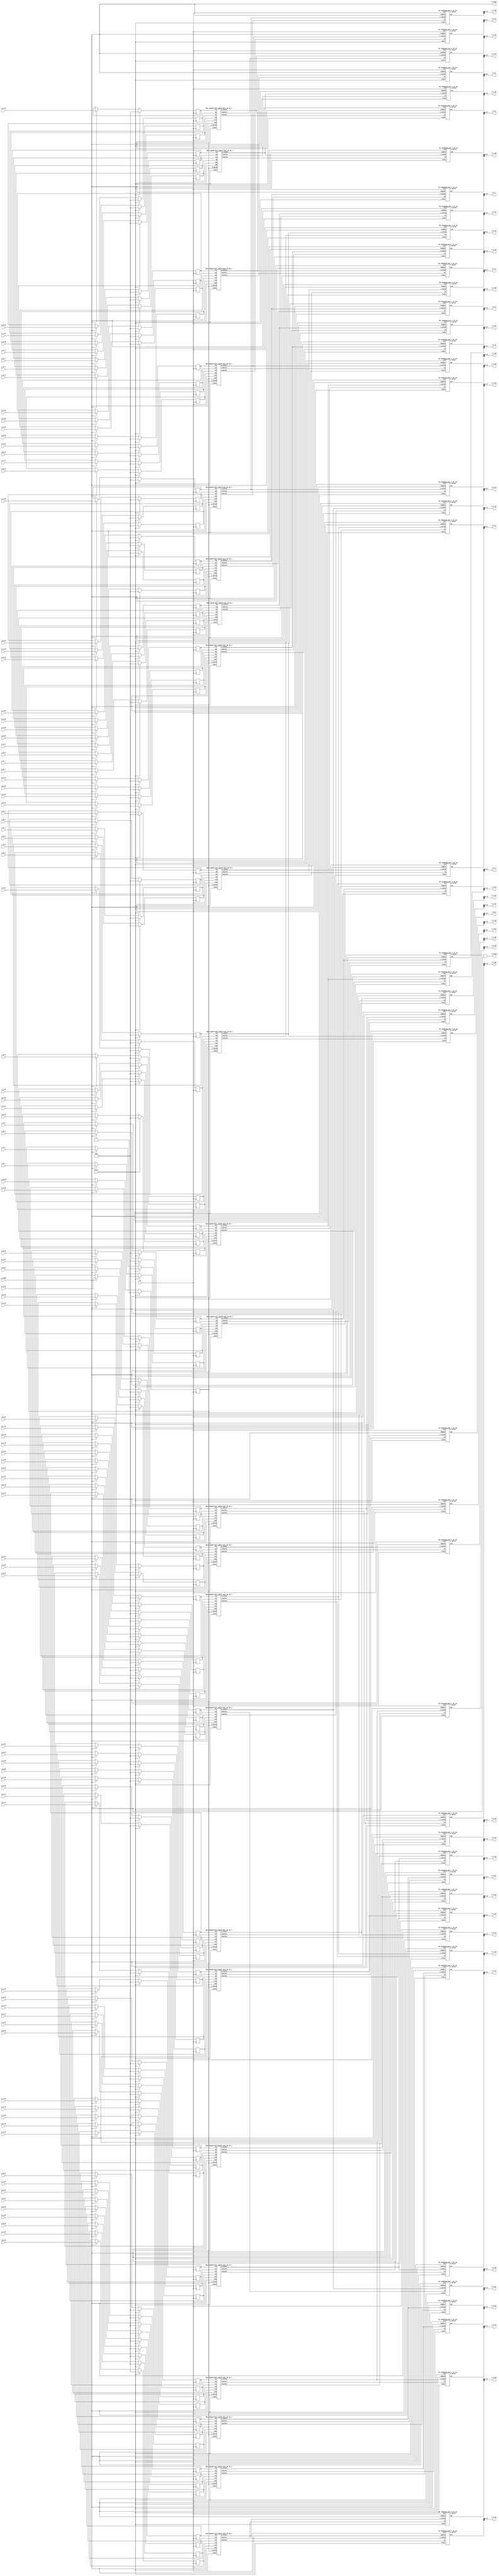
`define SIMULATION_MEMORY

module elementwise_mult_core_18_18_10_48_1 (
	input clk,
	input reset,
	input i_valid,
	input i_ready,
	input [17:0] i_A_0,
	input [17:0] i_B_0,
	output [17:0] o_C_0,
	input [17:0] i_A_1,
	input [17:0] i_B_1,
	output [17:0] o_C_1,
	input [17:0] i_A_2,
	input [17:0] i_B_2,
	output [17:0] o_C_2,
	input [17:0] i_A_3,
	input [17:0] i_B_3,
	output [17:0] o_C_3,
	input [17:0] i_A_4,
	input [17:0] i_B_4,
	output [17:0] o_C_4,
	input [17:0] i_A_5,
	input [17:0] i_B_5,
	output [17:0] o_C_5,
	input [17:0] i_A_6,
	input [17:0] i_B_6,
	output [17:0] o_C_6,
	input [17:0] i_A_7,
	input [17:0] i_B_7,
	output [17:0] o_C_7,
	input [17:0] i_A_8,
	input [17:0] i_B_8,
	output [17:0] o_C_8,
	input [17:0] i_A_9,
	input [17:0] i_B_9,
	output [17:0] o_C_9,
	input [17:0] i_A_10,
	input [17:0] i_B_10,
	output [17:0] o_C_10,
	input [17:0] i_A_11,
	input [17:0] i_B_11,
	output [17:0] o_C_11,
	input [17:0] i_A_12,
	input [17:0] i_B_12,
	output [17:0] o_C_12,
	input [17:0] i_A_13,
	input [17:0] i_B_13,
	output [17:0] o_C_13,
	input [17:0] i_A_14,
	input [17:0] i_B_14,
	output [17:0] o_C_14,
	input [17:0] i_A_15,
	input [17:0] i_B_15,
	output [17:0] o_C_15,
	input [17:0] i_A_16,
	input [17:0] i_B_16,
	output [17:0] o_C_16,
	input [17:0] i_A_17,
	input [17:0] i_B_17,
	output [17:0] o_C_17,
	input [17:0] i_A_18,
	input [17:0] i_B_18,
	output [17:0] o_C_18,
	input [17:0] i_A_19,
	input [17:0] i_B_19,
	output [17:0] o_C_19,
	input [17:0] i_A_20,
	input [17:0] i_B_20,
	output [17:0] o_C_20,
	input [17:0] i_A_21,
	input [17:0] i_B_21,
	output [17:0] o_C_21,
	input [17:0] i_A_22,
	input [17:0] i_B_22,
	output [17:0] o_C_22,
	input [17:0] i_A_23,
	input [17:0] i_B_23,
	output [17:0] o_C_23,
	input [17:0] i_A_24,
	input [17:0] i_B_24,
	output [17:0] o_C_24,
	input [17:0] i_A_25,
	input [17:0] i_B_25,
	output [17:0] o_C_25,
	input [17:0] i_A_26,
	input [17:0] i_B_26,
	output [17:0] o_C_26,
	input [17:0] i_A_27,
	input [17:0] i_B_27,
	output [17:0] o_C_27,
	input [17:0] i_A_28,
	input [17:0] i_B_28,
	output [17:0] o_C_28,
	input [17:0] i_A_29,
	input [17:0] i_B_29,
	output [17:0] o_C_29,
	input [17:0] i_A_30,
	input [17:0] i_B_30,
	output [17:0] o_C_30,
	input [17:0] i_A_31,
	input [17:0] i_B_31,
	output [17:0] o_C_31,
	input [17:0] i_A_32,
	input [17:0] i_B_32,
	output [17:0] o_C_32,
	input [17:0] i_A_33,
	input [17:0] i_B_33,
	output [17:0] o_C_33,
	input [17:0] i_A_34,
	input [17:0] i_B_34,
	output [17:0] o_C_34,
	input [17:0] i_A_35,
	input [17:0] i_B_35,
	output [17:0] o_C_35,
	input [17:0] i_A_36,
	input [17:0] i_B_36,
	output [17:0] o_C_36,
	input [17:0] i_A_37,
	input [17:0] i_B_37,
	output [17:0] o_C_37,
	input [17:0] i_A_38,
	input [17:0] i_B_38,
	output [17:0] o_C_38,
	input [17:0] i_A_39,
	input [17:0] i_B_39,
	output [17:0] o_C_39,
	input [17:0] i_A_40,
	input [17:0] i_B_40,
	output [17:0] o_C_40,
	input [17:0] i_A_41,
	input [17:0] i_B_41,
	output [17:0] o_C_41,
	input [17:0] i_A_42,
	input [17:0] i_B_42,
	output [17:0] o_C_42,
	input [17:0] i_A_43,
	input [17:0] i_B_43,
	output [17:0] o_C_43,
	input [17:0] i_A_44,
	input [17:0] i_B_44,
	output [17:0] o_C_44,
	input [17:0] i_A_45,
	input [17:0] i_B_45,
	output [17:0] o_C_45,
	input [17:0] i_A_46,
	input [17:0] i_B_46,
	output [17:0] o_C_46,
	input [17:0] i_A_47,
	input [17:0] i_B_47,
	output [17:0] o_C_47,
	output o_valid,
	output o_ready
);

// Store inputs and outputs in registers
reg [17:0] reg_A_0;
reg [17:0] reg_B_0;
wire [17:0] reg_C_0;
reg [17:0] reg_A_1;
reg [17:0] reg_B_1;
wire [17:0] reg_C_1;
reg [17:0] reg_A_2;
reg [17:0] reg_B_2;
wire [17:0] reg_C_2;
reg [17:0] reg_A_3;
reg [17:0] reg_B_3;
wire [17:0] reg_C_3;
reg [17:0] reg_A_4;
reg [17:0] reg_B_4;
wire [17:0] reg_C_4;
reg [17:0] reg_A_5;
reg [17:0] reg_B_5;
wire [17:0] reg_C_5;
reg [17:0] reg_A_6;
reg [17:0] reg_B_6;
wire [17:0] reg_C_6;
reg [17:0] reg_A_7;
reg [17:0] reg_B_7;
wire [17:0] reg_C_7;
reg [17:0] reg_A_8;
reg [17:0] reg_B_8;
wire [17:0] reg_C_8;
reg [17:0] reg_A_9;
reg [17:0] reg_B_9;
wire [17:0] reg_C_9;
reg [17:0] reg_A_10;
reg [17:0] reg_B_10;
wire [17:0] reg_C_10;
reg [17:0] reg_A_11;
reg [17:0] reg_B_11;
wire [17:0] reg_C_11;
reg [17:0] reg_A_12;
reg [17:0] reg_B_12;
wire [17:0] reg_C_12;
reg [17:0] reg_A_13;
reg [17:0] reg_B_13;
wire [17:0] reg_C_13;
reg [17:0] reg_A_14;
reg [17:0] reg_B_14;
wire [17:0] reg_C_14;
reg [17:0] reg_A_15;
reg [17:0] reg_B_15;
wire [17:0] reg_C_15;
reg [17:0] reg_A_16;
reg [17:0] reg_B_16;
wire [17:0] reg_C_16;
reg [17:0] reg_A_17;
reg [17:0] reg_B_17;
wire [17:0] reg_C_17;
reg [17:0] reg_A_18;
reg [17:0] reg_B_18;
wire [17:0] reg_C_18;
reg [17:0] reg_A_19;
reg [17:0] reg_B_19;
wire [17:0] reg_C_19;
reg [17:0] reg_A_20;
reg [17:0] reg_B_20;
wire [17:0] reg_C_20;
reg [17:0] reg_A_21;
reg [17:0] reg_B_21;
wire [17:0] reg_C_21;
reg [17:0] reg_A_22;
reg [17:0] reg_B_22;
wire [17:0] reg_C_22;
reg [17:0] reg_A_23;
reg [17:0] reg_B_23;
wire [17:0] reg_C_23;
reg [17:0] reg_A_24;
reg [17:0] reg_B_24;
wire [17:0] reg_C_24;
reg [17:0] reg_A_25;
reg [17:0] reg_B_25;
wire [17:0] reg_C_25;
reg [17:0] reg_A_26;
reg [17:0] reg_B_26;
wire [17:0] reg_C_26;
reg [17:0] reg_A_27;
reg [17:0] reg_B_27;
wire [17:0] reg_C_27;
reg [17:0] reg_A_28;
reg [17:0] reg_B_28;
wire [17:0] reg_C_28;
reg [17:0] reg_A_29;
reg [17:0] reg_B_29;
wire [17:0] reg_C_29;
reg [17:0] reg_A_30;
reg [17:0] reg_B_30;
wire [17:0] reg_C_30;
reg [17:0] reg_A_31;
reg [17:0] reg_B_31;
wire [17:0] reg_C_31;
reg [17:0] reg_A_32;
reg [17:0] reg_B_32;
wire [17:0] reg_C_32;
reg [17:0] reg_A_33;
reg [17:0] reg_B_33;
wire [17:0] reg_C_33;
reg [17:0] reg_A_34;
reg [17:0] reg_B_34;
wire [17:0] reg_C_34;
reg [17:0] reg_A_35;
reg [17:0] reg_B_35;
wire [17:0] reg_C_35;
reg [17:0] reg_A_36;
reg [17:0] reg_B_36;
wire [17:0] reg_C_36;
reg [17:0] reg_A_37;
reg [17:0] reg_B_37;
wire [17:0] reg_C_37;
reg [17:0] reg_A_38;
reg [17:0] reg_B_38;
wire [17:0] reg_C_38;
reg [17:0] reg_A_39;
reg [17:0] reg_B_39;
wire [17:0] reg_C_39;
reg [17:0] reg_A_40;
reg [17:0] reg_B_40;
wire [17:0] reg_C_40;
reg [17:0] reg_A_41;
reg [17:0] reg_B_41;
wire [17:0] reg_C_41;
reg [17:0] reg_A_42;
reg [17:0] reg_B_42;
wire [17:0] reg_C_42;
reg [17:0] reg_A_43;
reg [17:0] reg_B_43;
wire [17:0] reg_C_43;
reg [17:0] reg_A_44;
reg [17:0] reg_B_44;
wire [17:0] reg_C_44;
reg [17:0] reg_A_45;
reg [17:0] reg_B_45;
wire [17:0] reg_C_45;
reg [17:0] reg_A_46;
reg [17:0] reg_B_46;
wire [17:0] reg_C_46;
reg [17:0] reg_A_47;
reg [17:0] reg_B_47;
wire [17:0] reg_C_47;

reg valid_A_B;
wire valid_C;
wire enable;
assign enable = i_ready;

wire mult_valid_0;
wire round_valid_0;
wire [36:0] mult_C_0;
wire [36:0] rounded_C_0;
wire mult_valid_1;
wire round_valid_1;
wire [36:0] mult_C_1;
wire [36:0] rounded_C_1;
wire mult_valid_2;
wire round_valid_2;
wire [36:0] mult_C_2;
wire [36:0] rounded_C_2;
wire mult_valid_3;
wire round_valid_3;
wire [36:0] mult_C_3;
wire [36:0] rounded_C_3;
wire mult_valid_4;
wire round_valid_4;
wire [36:0] mult_C_4;
wire [36:0] rounded_C_4;
wire mult_valid_5;
wire round_valid_5;
wire [36:0] mult_C_5;
wire [36:0] rounded_C_5;
wire mult_valid_6;
wire round_valid_6;
wire [36:0] mult_C_6;
wire [36:0] rounded_C_6;
wire mult_valid_7;
wire round_valid_7;
wire [36:0] mult_C_7;
wire [36:0] rounded_C_7;
wire mult_valid_8;
wire round_valid_8;
wire [36:0] mult_C_8;
wire [36:0] rounded_C_8;
wire mult_valid_9;
wire round_valid_9;
wire [36:0] mult_C_9;
wire [36:0] rounded_C_9;
wire mult_valid_10;
wire round_valid_10;
wire [36:0] mult_C_10;
wire [36:0] rounded_C_10;
wire mult_valid_11;
wire round_valid_11;
wire [36:0] mult_C_11;
wire [36:0] rounded_C_11;
wire mult_valid_12;
wire round_valid_12;
wire [36:0] mult_C_12;
wire [36:0] rounded_C_12;
wire mult_valid_13;
wire round_valid_13;
wire [36:0] mult_C_13;
wire [36:0] rounded_C_13;
wire mult_valid_14;
wire round_valid_14;
wire [36:0] mult_C_14;
wire [36:0] rounded_C_14;
wire mult_valid_15;
wire round_valid_15;
wire [36:0] mult_C_15;
wire [36:0] rounded_C_15;
wire mult_valid_16;
wire round_valid_16;
wire [36:0] mult_C_16;
wire [36:0] rounded_C_16;
wire mult_valid_17;
wire round_valid_17;
wire [36:0] mult_C_17;
wire [36:0] rounded_C_17;
wire mult_valid_18;
wire round_valid_18;
wire [36:0] mult_C_18;
wire [36:0] rounded_C_18;
wire mult_valid_19;
wire round_valid_19;
wire [36:0] mult_C_19;
wire [36:0] rounded_C_19;
wire mult_valid_20;
wire round_valid_20;
wire [36:0] mult_C_20;
wire [36:0] rounded_C_20;
wire mult_valid_21;
wire round_valid_21;
wire [36:0] mult_C_21;
wire [36:0] rounded_C_21;
wire mult_valid_22;
wire round_valid_22;
wire [36:0] mult_C_22;
wire [36:0] rounded_C_22;
wire mult_valid_23;
wire round_valid_23;
wire [36:0] mult_C_23;
wire [36:0] rounded_C_23;
wire mult_valid_24;
wire round_valid_24;
wire [36:0] mult_C_24;
wire [36:0] rounded_C_24;
wire mult_valid_25;
wire round_valid_25;
wire [36:0] mult_C_25;
wire [36:0] rounded_C_25;
wire mult_valid_26;
wire round_valid_26;
wire [36:0] mult_C_26;
wire [36:0] rounded_C_26;
wire mult_valid_27;
wire round_valid_27;
wire [36:0] mult_C_27;
wire [36:0] rounded_C_27;
wire mult_valid_28;
wire round_valid_28;
wire [36:0] mult_C_28;
wire [36:0] rounded_C_28;
wire mult_valid_29;
wire round_valid_29;
wire [36:0] mult_C_29;
wire [36:0] rounded_C_29;
wire mult_valid_30;
wire round_valid_30;
wire [36:0] mult_C_30;
wire [36:0] rounded_C_30;
wire mult_valid_31;
wire round_valid_31;
wire [36:0] mult_C_31;
wire [36:0] rounded_C_31;
wire mult_valid_32;
wire round_valid_32;
wire [36:0] mult_C_32;
wire [36:0] rounded_C_32;
wire mult_valid_33;
wire round_valid_33;
wire [36:0] mult_C_33;
wire [36:0] rounded_C_33;
wire mult_valid_34;
wire round_valid_34;
wire [36:0] mult_C_34;
wire [36:0] rounded_C_34;
wire mult_valid_35;
wire round_valid_35;
wire [36:0] mult_C_35;
wire [36:0] rounded_C_35;
wire mult_valid_36;
wire round_valid_36;
wire [36:0] mult_C_36;
wire [36:0] rounded_C_36;
wire mult_valid_37;
wire round_valid_37;
wire [36:0] mult_C_37;
wire [36:0] rounded_C_37;
wire mult_valid_38;
wire round_valid_38;
wire [36:0] mult_C_38;
wire [36:0] rounded_C_38;
wire mult_valid_39;
wire round_valid_39;
wire [36:0] mult_C_39;
wire [36:0] rounded_C_39;
wire mult_valid_40;
wire round_valid_40;
wire [36:0] mult_C_40;
wire [36:0] rounded_C_40;
wire mult_valid_41;
wire round_valid_41;
wire [36:0] mult_C_41;
wire [36:0] rounded_C_41;
wire mult_valid_42;
wire round_valid_42;
wire [36:0] mult_C_42;
wire [36:0] rounded_C_42;
wire mult_valid_43;
wire round_valid_43;
wire [36:0] mult_C_43;
wire [36:0] rounded_C_43;
wire mult_valid_44;
wire round_valid_44;
wire [36:0] mult_C_44;
wire [36:0] rounded_C_44;
wire mult_valid_45;
wire round_valid_45;
wire [36:0] mult_C_45;
wire [36:0] rounded_C_45;
wire mult_valid_46;
wire round_valid_46;
wire [36:0] mult_C_46;
wire [36:0] rounded_C_46;
wire mult_valid_47;
wire round_valid_47;
wire [36:0] mult_C_47;
wire [36:0] rounded_C_47;

dsp_signed_mult_18x18_unit_18_18_1 dsp_signed_mult_18x18_unit_18_18_1_inst0 (
	.clk(clk),
	.reset(reset),
	.ena(enable),
	.i_valid(valid_A_B),
	.ax(reg_A_0),
	.ay(reg_B_0),
	.bx(reg_A_1),
	.by(reg_B_1),
	.o_valid(mult_valid_0),
	.resulta(mult_C_0),
	.resultb(mult_C_1)
);
assign mult_valid_1 = mult_valid_0;
dsp_signed_mult_18x18_unit_18_18_1 dsp_signed_mult_18x18_unit_18_18_1_inst2 (
	.clk(clk),
	.reset(reset),
	.ena(enable),
	.i_valid(valid_A_B),
	.ax(reg_A_2),
	.ay(reg_B_2),
	.bx(reg_A_3),
	.by(reg_B_3),
	.o_valid(mult_valid_2),
	.resulta(mult_C_2),
	.resultb(mult_C_3)
);
assign mult_valid_3 = mult_valid_2;
dsp_signed_mult_18x18_unit_18_18_1 dsp_signed_mult_18x18_unit_18_18_1_inst4 (
	.clk(clk),
	.reset(reset),
	.ena(enable),
	.i_valid(valid_A_B),
	.ax(reg_A_4),
	.ay(reg_B_4),
	.bx(reg_A_5),
	.by(reg_B_5),
	.o_valid(mult_valid_4),
	.resulta(mult_C_4),
	.resultb(mult_C_5)
);
assign mult_valid_5 = mult_valid_4;
dsp_signed_mult_18x18_unit_18_18_1 dsp_signed_mult_18x18_unit_18_18_1_inst6 (
	.clk(clk),
	.reset(reset),
	.ena(enable),
	.i_valid(valid_A_B),
	.ax(reg_A_6),
	.ay(reg_B_6),
	.bx(reg_A_7),
	.by(reg_B_7),
	.o_valid(mult_valid_6),
	.resulta(mult_C_6),
	.resultb(mult_C_7)
);
assign mult_valid_7 = mult_valid_6;
dsp_signed_mult_18x18_unit_18_18_1 dsp_signed_mult_18x18_unit_18_18_1_inst8 (
	.clk(clk),
	.reset(reset),
	.ena(enable),
	.i_valid(valid_A_B),
	.ax(reg_A_8),
	.ay(reg_B_8),
	.bx(reg_A_9),
	.by(reg_B_9),
	.o_valid(mult_valid_8),
	.resulta(mult_C_8),
	.resultb(mult_C_9)
);
assign mult_valid_9 = mult_valid_8;
dsp_signed_mult_18x18_unit_18_18_1 dsp_signed_mult_18x18_unit_18_18_1_inst10 (
	.clk(clk),
	.reset(reset),
	.ena(enable),
	.i_valid(valid_A_B),
	.ax(reg_A_10),
	.ay(reg_B_10),
	.bx(reg_A_11),
	.by(reg_B_11),
	.o_valid(mult_valid_10),
	.resulta(mult_C_10),
	.resultb(mult_C_11)
);
assign mult_valid_11 = mult_valid_10;
dsp_signed_mult_18x18_unit_18_18_1 dsp_signed_mult_18x18_unit_18_18_1_inst12 (
	.clk(clk),
	.reset(reset),
	.ena(enable),
	.i_valid(valid_A_B),
	.ax(reg_A_12),
	.ay(reg_B_12),
	.bx(reg_A_13),
	.by(reg_B_13),
	.o_valid(mult_valid_12),
	.resulta(mult_C_12),
	.resultb(mult_C_13)
);
assign mult_valid_13 = mult_valid_12;
dsp_signed_mult_18x18_unit_18_18_1 dsp_signed_mult_18x18_unit_18_18_1_inst14 (
	.clk(clk),
	.reset(reset),
	.ena(enable),
	.i_valid(valid_A_B),
	.ax(reg_A_14),
	.ay(reg_B_14),
	.bx(reg_A_15),
	.by(reg_B_15),
	.o_valid(mult_valid_14),
	.resulta(mult_C_14),
	.resultb(mult_C_15)
);
assign mult_valid_15 = mult_valid_14;
dsp_signed_mult_18x18_unit_18_18_1 dsp_signed_mult_18x18_unit_18_18_1_inst16 (
	.clk(clk),
	.reset(reset),
	.ena(enable),
	.i_valid(valid_A_B),
	.ax(reg_A_16),
	.ay(reg_B_16),
	.bx(reg_A_17),
	.by(reg_B_17),
	.o_valid(mult_valid_16),
	.resulta(mult_C_16),
	.resultb(mult_C_17)
);
assign mult_valid_17 = mult_valid_16;
dsp_signed_mult_18x18_unit_18_18_1 dsp_signed_mult_18x18_unit_18_18_1_inst18 (
	.clk(clk),
	.reset(reset),
	.ena(enable),
	.i_valid(valid_A_B),
	.ax(reg_A_18),
	.ay(reg_B_18),
	.bx(reg_A_19),
	.by(reg_B_19),
	.o_valid(mult_valid_18),
	.resulta(mult_C_18),
	.resultb(mult_C_19)
);
assign mult_valid_19 = mult_valid_18;
dsp_signed_mult_18x18_unit_18_18_1 dsp_signed_mult_18x18_unit_18_18_1_inst20 (
	.clk(clk),
	.reset(reset),
	.ena(enable),
	.i_valid(valid_A_B),
	.ax(reg_A_20),
	.ay(reg_B_20),
	.bx(reg_A_21),
	.by(reg_B_21),
	.o_valid(mult_valid_20),
	.resulta(mult_C_20),
	.resultb(mult_C_21)
);
assign mult_valid_21 = mult_valid_20;
dsp_signed_mult_18x18_unit_18_18_1 dsp_signed_mult_18x18_unit_18_18_1_inst22 (
	.clk(clk),
	.reset(reset),
	.ena(enable),
	.i_valid(valid_A_B),
	.ax(reg_A_22),
	.ay(reg_B_22),
	.bx(reg_A_23),
	.by(reg_B_23),
	.o_valid(mult_valid_22),
	.resulta(mult_C_22),
	.resultb(mult_C_23)
);
assign mult_valid_23 = mult_valid_22;
dsp_signed_mult_18x18_unit_18_18_1 dsp_signed_mult_18x18_unit_18_18_1_inst24 (
	.clk(clk),
	.reset(reset),
	.ena(enable),
	.i_valid(valid_A_B),
	.ax(reg_A_24),
	.ay(reg_B_24),
	.bx(reg_A_25),
	.by(reg_B_25),
	.o_valid(mult_valid_24),
	.resulta(mult_C_24),
	.resultb(mult_C_25)
);
assign mult_valid_25 = mult_valid_24;
dsp_signed_mult_18x18_unit_18_18_1 dsp_signed_mult_18x18_unit_18_18_1_inst26 (
	.clk(clk),
	.reset(reset),
	.ena(enable),
	.i_valid(valid_A_B),
	.ax(reg_A_26),
	.ay(reg_B_26),
	.bx(reg_A_27),
	.by(reg_B_27),
	.o_valid(mult_valid_26),
	.resulta(mult_C_26),
	.resultb(mult_C_27)
);
assign mult_valid_27 = mult_valid_26;
dsp_signed_mult_18x18_unit_18_18_1 dsp_signed_mult_18x18_unit_18_18_1_inst28 (
	.clk(clk),
	.reset(reset),
	.ena(enable),
	.i_valid(valid_A_B),
	.ax(reg_A_28),
	.ay(reg_B_28),
	.bx(reg_A_29),
	.by(reg_B_29),
	.o_valid(mult_valid_28),
	.resulta(mult_C_28),
	.resultb(mult_C_29)
);
assign mult_valid_29 = mult_valid_28;
dsp_signed_mult_18x18_unit_18_18_1 dsp_signed_mult_18x18_unit_18_18_1_inst30 (
	.clk(clk),
	.reset(reset),
	.ena(enable),
	.i_valid(valid_A_B),
	.ax(reg_A_30),
	.ay(reg_B_30),
	.bx(reg_A_31),
	.by(reg_B_31),
	.o_valid(mult_valid_30),
	.resulta(mult_C_30),
	.resultb(mult_C_31)
);
assign mult_valid_31 = mult_valid_30;
dsp_signed_mult_18x18_unit_18_18_1 dsp_signed_mult_18x18_unit_18_18_1_inst32 (
	.clk(clk),
	.reset(reset),
	.ena(enable),
	.i_valid(valid_A_B),
	.ax(reg_A_32),
	.ay(reg_B_32),
	.bx(reg_A_33),
	.by(reg_B_33),
	.o_valid(mult_valid_32),
	.resulta(mult_C_32),
	.resultb(mult_C_33)
);
assign mult_valid_33 = mult_valid_32;
dsp_signed_mult_18x18_unit_18_18_1 dsp_signed_mult_18x18_unit_18_18_1_inst34 (
	.clk(clk),
	.reset(reset),
	.ena(enable),
	.i_valid(valid_A_B),
	.ax(reg_A_34),
	.ay(reg_B_34),
	.bx(reg_A_35),
	.by(reg_B_35),
	.o_valid(mult_valid_34),
	.resulta(mult_C_34),
	.resultb(mult_C_35)
);
assign mult_valid_35 = mult_valid_34;
dsp_signed_mult_18x18_unit_18_18_1 dsp_signed_mult_18x18_unit_18_18_1_inst36 (
	.clk(clk),
	.reset(reset),
	.ena(enable),
	.i_valid(valid_A_B),
	.ax(reg_A_36),
	.ay(reg_B_36),
	.bx(reg_A_37),
	.by(reg_B_37),
	.o_valid(mult_valid_36),
	.resulta(mult_C_36),
	.resultb(mult_C_37)
);
assign mult_valid_37 = mult_valid_36;
dsp_signed_mult_18x18_unit_18_18_1 dsp_signed_mult_18x18_unit_18_18_1_inst38 (
	.clk(clk),
	.reset(reset),
	.ena(enable),
	.i_valid(valid_A_B),
	.ax(reg_A_38),
	.ay(reg_B_38),
	.bx(reg_A_39),
	.by(reg_B_39),
	.o_valid(mult_valid_38),
	.resulta(mult_C_38),
	.resultb(mult_C_39)
);
assign mult_valid_39 = mult_valid_38;
dsp_signed_mult_18x18_unit_18_18_1 dsp_signed_mult_18x18_unit_18_18_1_inst40 (
	.clk(clk),
	.reset(reset),
	.ena(enable),
	.i_valid(valid_A_B),
	.ax(reg_A_40),
	.ay(reg_B_40),
	.bx(reg_A_41),
	.by(reg_B_41),
	.o_valid(mult_valid_40),
	.resulta(mult_C_40),
	.resultb(mult_C_41)
);
assign mult_valid_41 = mult_valid_40;
dsp_signed_mult_18x18_unit_18_18_1 dsp_signed_mult_18x18_unit_18_18_1_inst42 (
	.clk(clk),
	.reset(reset),
	.ena(enable),
	.i_valid(valid_A_B),
	.ax(reg_A_42),
	.ay(reg_B_42),
	.bx(reg_A_43),
	.by(reg_B_43),
	.o_valid(mult_valid_42),
	.resulta(mult_C_42),
	.resultb(mult_C_43)
);
assign mult_valid_43 = mult_valid_42;
dsp_signed_mult_18x18_unit_18_18_1 dsp_signed_mult_18x18_unit_18_18_1_inst44 (
	.clk(clk),
	.reset(reset),
	.ena(enable),
	.i_valid(valid_A_B),
	.ax(reg_A_44),
	.ay(reg_B_44),
	.bx(reg_A_45),
	.by(reg_B_45),
	.o_valid(mult_valid_44),
	.resulta(mult_C_44),
	.resultb(mult_C_45)
);
assign mult_valid_45 = mult_valid_44;
dsp_signed_mult_18x18_unit_18_18_1 dsp_signed_mult_18x18_unit_18_18_1_inst46 (
	.clk(clk),
	.reset(reset),
	.ena(enable),
	.i_valid(valid_A_B),
	.ax(reg_A_46),
	.ay(reg_B_46),
	.bx(reg_A_47),
	.by(reg_B_47),
	.o_valid(mult_valid_46),
	.resulta(mult_C_46),
	.resultb(mult_C_47)
);
assign mult_valid_47 = mult_valid_46;
fp_rounding_unit_1_37_10 fp_rounding_unit_1_37_10_inst0 (
	.clk(clk),
	.reset(reset),
	.enable(enable),
	.i_valid(mult_valid_0),
	.in(mult_C_0),
	.o_valid(round_valid_0),
	.out(rounded_C_0)
);
assign reg_C_0 = rounded_C_0;
fp_rounding_unit_1_37_10 fp_rounding_unit_1_37_10_inst1 (
	.clk(clk),
	.reset(reset),
	.enable(enable),
	.i_valid(mult_valid_1),
	.in(mult_C_1),
	.o_valid(round_valid_1),
	.out(rounded_C_1)
);
assign reg_C_1 = rounded_C_1;
fp_rounding_unit_1_37_10 fp_rounding_unit_1_37_10_inst2 (
	.clk(clk),
	.reset(reset),
	.enable(enable),
	.i_valid(mult_valid_2),
	.in(mult_C_2),
	.o_valid(round_valid_2),
	.out(rounded_C_2)
);
assign reg_C_2 = rounded_C_2;
fp_rounding_unit_1_37_10 fp_rounding_unit_1_37_10_inst3 (
	.clk(clk),
	.reset(reset),
	.enable(enable),
	.i_valid(mult_valid_3),
	.in(mult_C_3),
	.o_valid(round_valid_3),
	.out(rounded_C_3)
);
assign reg_C_3 = rounded_C_3;
fp_rounding_unit_1_37_10 fp_rounding_unit_1_37_10_inst4 (
	.clk(clk),
	.reset(reset),
	.enable(enable),
	.i_valid(mult_valid_4),
	.in(mult_C_4),
	.o_valid(round_valid_4),
	.out(rounded_C_4)
);
assign reg_C_4 = rounded_C_4;
fp_rounding_unit_1_37_10 fp_rounding_unit_1_37_10_inst5 (
	.clk(clk),
	.reset(reset),
	.enable(enable),
	.i_valid(mult_valid_5),
	.in(mult_C_5),
	.o_valid(round_valid_5),
	.out(rounded_C_5)
);
assign reg_C_5 = rounded_C_5;
fp_rounding_unit_1_37_10 fp_rounding_unit_1_37_10_inst6 (
	.clk(clk),
	.reset(reset),
	.enable(enable),
	.i_valid(mult_valid_6),
	.in(mult_C_6),
	.o_valid(round_valid_6),
	.out(rounded_C_6)
);
assign reg_C_6 = rounded_C_6;
fp_rounding_unit_1_37_10 fp_rounding_unit_1_37_10_inst7 (
	.clk(clk),
	.reset(reset),
	.enable(enable),
	.i_valid(mult_valid_7),
	.in(mult_C_7),
	.o_valid(round_valid_7),
	.out(rounded_C_7)
);
assign reg_C_7 = rounded_C_7;
fp_rounding_unit_1_37_10 fp_rounding_unit_1_37_10_inst8 (
	.clk(clk),
	.reset(reset),
	.enable(enable),
	.i_valid(mult_valid_8),
	.in(mult_C_8),
	.o_valid(round_valid_8),
	.out(rounded_C_8)
);
assign reg_C_8 = rounded_C_8;
fp_rounding_unit_1_37_10 fp_rounding_unit_1_37_10_inst9 (
	.clk(clk),
	.reset(reset),
	.enable(enable),
	.i_valid(mult_valid_9),
	.in(mult_C_9),
	.o_valid(round_valid_9),
	.out(rounded_C_9)
);
assign reg_C_9 = rounded_C_9;
fp_rounding_unit_1_37_10 fp_rounding_unit_1_37_10_inst10 (
	.clk(clk),
	.reset(reset),
	.enable(enable),
	.i_valid(mult_valid_10),
	.in(mult_C_10),
	.o_valid(round_valid_10),
	.out(rounded_C_10)
);
assign reg_C_10 = rounded_C_10;
fp_rounding_unit_1_37_10 fp_rounding_unit_1_37_10_inst11 (
	.clk(clk),
	.reset(reset),
	.enable(enable),
	.i_valid(mult_valid_11),
	.in(mult_C_11),
	.o_valid(round_valid_11),
	.out(rounded_C_11)
);
assign reg_C_11 = rounded_C_11;
fp_rounding_unit_1_37_10 fp_rounding_unit_1_37_10_inst12 (
	.clk(clk),
	.reset(reset),
	.enable(enable),
	.i_valid(mult_valid_12),
	.in(mult_C_12),
	.o_valid(round_valid_12),
	.out(rounded_C_12)
);
assign reg_C_12 = rounded_C_12;
fp_rounding_unit_1_37_10 fp_rounding_unit_1_37_10_inst13 (
	.clk(clk),
	.reset(reset),
	.enable(enable),
	.i_valid(mult_valid_13),
	.in(mult_C_13),
	.o_valid(round_valid_13),
	.out(rounded_C_13)
);
assign reg_C_13 = rounded_C_13;
fp_rounding_unit_1_37_10 fp_rounding_unit_1_37_10_inst14 (
	.clk(clk),
	.reset(reset),
	.enable(enable),
	.i_valid(mult_valid_14),
	.in(mult_C_14),
	.o_valid(round_valid_14),
	.out(rounded_C_14)
);
assign reg_C_14 = rounded_C_14;
fp_rounding_unit_1_37_10 fp_rounding_unit_1_37_10_inst15 (
	.clk(clk),
	.reset(reset),
	.enable(enable),
	.i_valid(mult_valid_15),
	.in(mult_C_15),
	.o_valid(round_valid_15),
	.out(rounded_C_15)
);
assign reg_C_15 = rounded_C_15;
fp_rounding_unit_1_37_10 fp_rounding_unit_1_37_10_inst16 (
	.clk(clk),
	.reset(reset),
	.enable(enable),
	.i_valid(mult_valid_16),
	.in(mult_C_16),
	.o_valid(round_valid_16),
	.out(rounded_C_16)
);
assign reg_C_16 = rounded_C_16;
fp_rounding_unit_1_37_10 fp_rounding_unit_1_37_10_inst17 (
	.clk(clk),
	.reset(reset),
	.enable(enable),
	.i_valid(mult_valid_17),
	.in(mult_C_17),
	.o_valid(round_valid_17),
	.out(rounded_C_17)
);
assign reg_C_17 = rounded_C_17;
fp_rounding_unit_1_37_10 fp_rounding_unit_1_37_10_inst18 (
	.clk(clk),
	.reset(reset),
	.enable(enable),
	.i_valid(mult_valid_18),
	.in(mult_C_18),
	.o_valid(round_valid_18),
	.out(rounded_C_18)
);
assign reg_C_18 = rounded_C_18;
fp_rounding_unit_1_37_10 fp_rounding_unit_1_37_10_inst19 (
	.clk(clk),
	.reset(reset),
	.enable(enable),
	.i_valid(mult_valid_19),
	.in(mult_C_19),
	.o_valid(round_valid_19),
	.out(rounded_C_19)
);
assign reg_C_19 = rounded_C_19;
fp_rounding_unit_1_37_10 fp_rounding_unit_1_37_10_inst20 (
	.clk(clk),
	.reset(reset),
	.enable(enable),
	.i_valid(mult_valid_20),
	.in(mult_C_20),
	.o_valid(round_valid_20),
	.out(rounded_C_20)
);
assign reg_C_20 = rounded_C_20;
fp_rounding_unit_1_37_10 fp_rounding_unit_1_37_10_inst21 (
	.clk(clk),
	.reset(reset),
	.enable(enable),
	.i_valid(mult_valid_21),
	.in(mult_C_21),
	.o_valid(round_valid_21),
	.out(rounded_C_21)
);
assign reg_C_21 = rounded_C_21;
fp_rounding_unit_1_37_10 fp_rounding_unit_1_37_10_inst22 (
	.clk(clk),
	.reset(reset),
	.enable(enable),
	.i_valid(mult_valid_22),
	.in(mult_C_22),
	.o_valid(round_valid_22),
	.out(rounded_C_22)
);
assign reg_C_22 = rounded_C_22;
fp_rounding_unit_1_37_10 fp_rounding_unit_1_37_10_inst23 (
	.clk(clk),
	.reset(reset),
	.enable(enable),
	.i_valid(mult_valid_23),
	.in(mult_C_23),
	.o_valid(round_valid_23),
	.out(rounded_C_23)
);
assign reg_C_23 = rounded_C_23;
fp_rounding_unit_1_37_10 fp_rounding_unit_1_37_10_inst24 (
	.clk(clk),
	.reset(reset),
	.enable(enable),
	.i_valid(mult_valid_24),
	.in(mult_C_24),
	.o_valid(round_valid_24),
	.out(rounded_C_24)
);
assign reg_C_24 = rounded_C_24;
fp_rounding_unit_1_37_10 fp_rounding_unit_1_37_10_inst25 (
	.clk(clk),
	.reset(reset),
	.enable(enable),
	.i_valid(mult_valid_25),
	.in(mult_C_25),
	.o_valid(round_valid_25),
	.out(rounded_C_25)
);
assign reg_C_25 = rounded_C_25;
fp_rounding_unit_1_37_10 fp_rounding_unit_1_37_10_inst26 (
	.clk(clk),
	.reset(reset),
	.enable(enable),
	.i_valid(mult_valid_26),
	.in(mult_C_26),
	.o_valid(round_valid_26),
	.out(rounded_C_26)
);
assign reg_C_26 = rounded_C_26;
fp_rounding_unit_1_37_10 fp_rounding_unit_1_37_10_inst27 (
	.clk(clk),
	.reset(reset),
	.enable(enable),
	.i_valid(mult_valid_27),
	.in(mult_C_27),
	.o_valid(round_valid_27),
	.out(rounded_C_27)
);
assign reg_C_27 = rounded_C_27;
fp_rounding_unit_1_37_10 fp_rounding_unit_1_37_10_inst28 (
	.clk(clk),
	.reset(reset),
	.enable(enable),
	.i_valid(mult_valid_28),
	.in(mult_C_28),
	.o_valid(round_valid_28),
	.out(rounded_C_28)
);
assign reg_C_28 = rounded_C_28;
fp_rounding_unit_1_37_10 fp_rounding_unit_1_37_10_inst29 (
	.clk(clk),
	.reset(reset),
	.enable(enable),
	.i_valid(mult_valid_29),
	.in(mult_C_29),
	.o_valid(round_valid_29),
	.out(rounded_C_29)
);
assign reg_C_29 = rounded_C_29;
fp_rounding_unit_1_37_10 fp_rounding_unit_1_37_10_inst30 (
	.clk(clk),
	.reset(reset),
	.enable(enable),
	.i_valid(mult_valid_30),
	.in(mult_C_30),
	.o_valid(round_valid_30),
	.out(rounded_C_30)
);
assign reg_C_30 = rounded_C_30;
fp_rounding_unit_1_37_10 fp_rounding_unit_1_37_10_inst31 (
	.clk(clk),
	.reset(reset),
	.enable(enable),
	.i_valid(mult_valid_31),
	.in(mult_C_31),
	.o_valid(round_valid_31),
	.out(rounded_C_31)
);
assign reg_C_31 = rounded_C_31;
fp_rounding_unit_1_37_10 fp_rounding_unit_1_37_10_inst32 (
	.clk(clk),
	.reset(reset),
	.enable(enable),
	.i_valid(mult_valid_32),
	.in(mult_C_32),
	.o_valid(round_valid_32),
	.out(rounded_C_32)
);
assign reg_C_32 = rounded_C_32;
fp_rounding_unit_1_37_10 fp_rounding_unit_1_37_10_inst33 (
	.clk(clk),
	.reset(reset),
	.enable(enable),
	.i_valid(mult_valid_33),
	.in(mult_C_33),
	.o_valid(round_valid_33),
	.out(rounded_C_33)
);
assign reg_C_33 = rounded_C_33;
fp_rounding_unit_1_37_10 fp_rounding_unit_1_37_10_inst34 (
	.clk(clk),
	.reset(reset),
	.enable(enable),
	.i_valid(mult_valid_34),
	.in(mult_C_34),
	.o_valid(round_valid_34),
	.out(rounded_C_34)
);
assign reg_C_34 = rounded_C_34;
fp_rounding_unit_1_37_10 fp_rounding_unit_1_37_10_inst35 (
	.clk(clk),
	.reset(reset),
	.enable(enable),
	.i_valid(mult_valid_35),
	.in(mult_C_35),
	.o_valid(round_valid_35),
	.out(rounded_C_35)
);
assign reg_C_35 = rounded_C_35;
fp_rounding_unit_1_37_10 fp_rounding_unit_1_37_10_inst36 (
	.clk(clk),
	.reset(reset),
	.enable(enable),
	.i_valid(mult_valid_36),
	.in(mult_C_36),
	.o_valid(round_valid_36),
	.out(rounded_C_36)
);
assign reg_C_36 = rounded_C_36;
fp_rounding_unit_1_37_10 fp_rounding_unit_1_37_10_inst37 (
	.clk(clk),
	.reset(reset),
	.enable(enable),
	.i_valid(mult_valid_37),
	.in(mult_C_37),
	.o_valid(round_valid_37),
	.out(rounded_C_37)
);
assign reg_C_37 = rounded_C_37;
fp_rounding_unit_1_37_10 fp_rounding_unit_1_37_10_inst38 (
	.clk(clk),
	.reset(reset),
	.enable(enable),
	.i_valid(mult_valid_38),
	.in(mult_C_38),
	.o_valid(round_valid_38),
	.out(rounded_C_38)
);
assign reg_C_38 = rounded_C_38;
fp_rounding_unit_1_37_10 fp_rounding_unit_1_37_10_inst39 (
	.clk(clk),
	.reset(reset),
	.enable(enable),
	.i_valid(mult_valid_39),
	.in(mult_C_39),
	.o_valid(round_valid_39),
	.out(rounded_C_39)
);
assign reg_C_39 = rounded_C_39;
fp_rounding_unit_1_37_10 fp_rounding_unit_1_37_10_inst40 (
	.clk(clk),
	.reset(reset),
	.enable(enable),
	.i_valid(mult_valid_40),
	.in(mult_C_40),
	.o_valid(round_valid_40),
	.out(rounded_C_40)
);
assign reg_C_40 = rounded_C_40;
fp_rounding_unit_1_37_10 fp_rounding_unit_1_37_10_inst41 (
	.clk(clk),
	.reset(reset),
	.enable(enable),
	.i_valid(mult_valid_41),
	.in(mult_C_41),
	.o_valid(round_valid_41),
	.out(rounded_C_41)
);
assign reg_C_41 = rounded_C_41;
fp_rounding_unit_1_37_10 fp_rounding_unit_1_37_10_inst42 (
	.clk(clk),
	.reset(reset),
	.enable(enable),
	.i_valid(mult_valid_42),
	.in(mult_C_42),
	.o_valid(round_valid_42),
	.out(rounded_C_42)
);
assign reg_C_42 = rounded_C_42;
fp_rounding_unit_1_37_10 fp_rounding_unit_1_37_10_inst43 (
	.clk(clk),
	.reset(reset),
	.enable(enable),
	.i_valid(mult_valid_43),
	.in(mult_C_43),
	.o_valid(round_valid_43),
	.out(rounded_C_43)
);
assign reg_C_43 = rounded_C_43;
fp_rounding_unit_1_37_10 fp_rounding_unit_1_37_10_inst44 (
	.clk(clk),
	.reset(reset),
	.enable(enable),
	.i_valid(mult_valid_44),
	.in(mult_C_44),
	.o_valid(round_valid_44),
	.out(rounded_C_44)
);
assign reg_C_44 = rounded_C_44;
fp_rounding_unit_1_37_10 fp_rounding_unit_1_37_10_inst45 (
	.clk(clk),
	.reset(reset),
	.enable(enable),
	.i_valid(mult_valid_45),
	.in(mult_C_45),
	.o_valid(round_valid_45),
	.out(rounded_C_45)
);
assign reg_C_45 = rounded_C_45;
fp_rounding_unit_1_37_10 fp_rounding_unit_1_37_10_inst46 (
	.clk(clk),
	.reset(reset),
	.enable(enable),
	.i_valid(mult_valid_46),
	.in(mult_C_46),
	.o_valid(round_valid_46),
	.out(rounded_C_46)
);
assign reg_C_46 = rounded_C_46;
fp_rounding_unit_1_37_10 fp_rounding_unit_1_37_10_inst47 (
	.clk(clk),
	.reset(reset),
	.enable(enable),
	.i_valid(mult_valid_47),
	.in(mult_C_47),
	.o_valid(round_valid_47),
	.out(rounded_C_47)
);
assign reg_C_47 = rounded_C_47;
always @ (posedge clk) begin
	if (reset) begin
		valid_A_B <= 1'b0;
		reg_A_0 <= 0;
		reg_B_0 <= 0;
		reg_A_1 <= 0;
		reg_B_1 <= 0;
		reg_A_2 <= 0;
		reg_B_2 <= 0;
		reg_A_3 <= 0;
		reg_B_3 <= 0;
		reg_A_4 <= 0;
		reg_B_4 <= 0;
		reg_A_5 <= 0;
		reg_B_5 <= 0;
		reg_A_6 <= 0;
		reg_B_6 <= 0;
		reg_A_7 <= 0;
		reg_B_7 <= 0;
		reg_A_8 <= 0;
		reg_B_8 <= 0;
		reg_A_9 <= 0;
		reg_B_9 <= 0;
		reg_A_10 <= 0;
		reg_B_10 <= 0;
		reg_A_11 <= 0;
		reg_B_11 <= 0;
		reg_A_12 <= 0;
		reg_B_12 <= 0;
		reg_A_13 <= 0;
		reg_B_13 <= 0;
		reg_A_14 <= 0;
		reg_B_14 <= 0;
		reg_A_15 <= 0;
		reg_B_15 <= 0;
		reg_A_16 <= 0;
		reg_B_16 <= 0;
		reg_A_17 <= 0;
		reg_B_17 <= 0;
		reg_A_18 <= 0;
		reg_B_18 <= 0;
		reg_A_19 <= 0;
		reg_B_19 <= 0;
		reg_A_20 <= 0;
		reg_B_20 <= 0;
		reg_A_21 <= 0;
		reg_B_21 <= 0;
		reg_A_22 <= 0;
		reg_B_22 <= 0;
		reg_A_23 <= 0;
		reg_B_23 <= 0;
		reg_A_24 <= 0;
		reg_B_24 <= 0;
		reg_A_25 <= 0;
		reg_B_25 <= 0;
		reg_A_26 <= 0;
		reg_B_26 <= 0;
		reg_A_27 <= 0;
		reg_B_27 <= 0;
		reg_A_28 <= 0;
		reg_B_28 <= 0;
		reg_A_29 <= 0;
		reg_B_29 <= 0;
		reg_A_30 <= 0;
		reg_B_30 <= 0;
		reg_A_31 <= 0;
		reg_B_31 <= 0;
		reg_A_32 <= 0;
		reg_B_32 <= 0;
		reg_A_33 <= 0;
		reg_B_33 <= 0;
		reg_A_34 <= 0;
		reg_B_34 <= 0;
		reg_A_35 <= 0;
		reg_B_35 <= 0;
		reg_A_36 <= 0;
		reg_B_36 <= 0;
		reg_A_37 <= 0;
		reg_B_37 <= 0;
		reg_A_38 <= 0;
		reg_B_38 <= 0;
		reg_A_39 <= 0;
		reg_B_39 <= 0;
		reg_A_40 <= 0;
		reg_B_40 <= 0;
		reg_A_41 <= 0;
		reg_B_41 <= 0;
		reg_A_42 <= 0;
		reg_B_42 <= 0;
		reg_A_43 <= 0;
		reg_B_43 <= 0;
		reg_A_44 <= 0;
		reg_B_44 <= 0;
		reg_A_45 <= 0;
		reg_B_45 <= 0;
		reg_A_46 <= 0;
		reg_B_46 <= 0;
		reg_A_47 <= 0;
		reg_B_47 <= 0;
	end else if (enable) begin
		reg_A_0 <= i_A_0;
		reg_B_0 <= i_B_0;
		reg_A_1 <= i_A_1;
		reg_B_1 <= i_B_1;
		reg_A_2 <= i_A_2;
		reg_B_2 <= i_B_2;
		reg_A_3 <= i_A_3;
		reg_B_3 <= i_B_3;
		reg_A_4 <= i_A_4;
		reg_B_4 <= i_B_4;
		reg_A_5 <= i_A_5;
		reg_B_5 <= i_B_5;
		reg_A_6 <= i_A_6;
		reg_B_6 <= i_B_6;
		reg_A_7 <= i_A_7;
		reg_B_7 <= i_B_7;
		reg_A_8 <= i_A_8;
		reg_B_8 <= i_B_8;
		reg_A_9 <= i_A_9;
		reg_B_9 <= i_B_9;
		reg_A_10 <= i_A_10;
		reg_B_10 <= i_B_10;
		reg_A_11 <= i_A_11;
		reg_B_11 <= i_B_11;
		reg_A_12 <= i_A_12;
		reg_B_12 <= i_B_12;
		reg_A_13 <= i_A_13;
		reg_B_13 <= i_B_13;
		reg_A_14 <= i_A_14;
		reg_B_14 <= i_B_14;
		reg_A_15 <= i_A_15;
		reg_B_15 <= i_B_15;
		reg_A_16 <= i_A_16;
		reg_B_16 <= i_B_16;
		reg_A_17 <= i_A_17;
		reg_B_17 <= i_B_17;
		reg_A_18 <= i_A_18;
		reg_B_18 <= i_B_18;
		reg_A_19 <= i_A_19;
		reg_B_19 <= i_B_19;
		reg_A_20 <= i_A_20;
		reg_B_20 <= i_B_20;
		reg_A_21 <= i_A_21;
		reg_B_21 <= i_B_21;
		reg_A_22 <= i_A_22;
		reg_B_22 <= i_B_22;
		reg_A_23 <= i_A_23;
		reg_B_23 <= i_B_23;
		reg_A_24 <= i_A_24;
		reg_B_24 <= i_B_24;
		reg_A_25 <= i_A_25;
		reg_B_25 <= i_B_25;
		reg_A_26 <= i_A_26;
		reg_B_26 <= i_B_26;
		reg_A_27 <= i_A_27;
		reg_B_27 <= i_B_27;
		reg_A_28 <= i_A_28;
		reg_B_28 <= i_B_28;
		reg_A_29 <= i_A_29;
		reg_B_29 <= i_B_29;
		reg_A_30 <= i_A_30;
		reg_B_30 <= i_B_30;
		reg_A_31 <= i_A_31;
		reg_B_31 <= i_B_31;
		reg_A_32 <= i_A_32;
		reg_B_32 <= i_B_32;
		reg_A_33 <= i_A_33;
		reg_B_33 <= i_B_33;
		reg_A_34 <= i_A_34;
		reg_B_34 <= i_B_34;
		reg_A_35 <= i_A_35;
		reg_B_35 <= i_B_35;
		reg_A_36 <= i_A_36;
		reg_B_36 <= i_B_36;
		reg_A_37 <= i_A_37;
		reg_B_37 <= i_B_37;
		reg_A_38 <= i_A_38;
		reg_B_38 <= i_B_38;
		reg_A_39 <= i_A_39;
		reg_B_39 <= i_B_39;
		reg_A_40 <= i_A_40;
		reg_B_40 <= i_B_40;
		reg_A_41 <= i_A_41;
		reg_B_41 <= i_B_41;
		reg_A_42 <= i_A_42;
		reg_B_42 <= i_B_42;
		reg_A_43 <= i_A_43;
		reg_B_43 <= i_B_43;
		reg_A_44 <= i_A_44;
		reg_B_44 <= i_B_44;
		reg_A_45 <= i_A_45;
		reg_B_45 <= i_B_45;
		reg_A_46 <= i_A_46;
		reg_B_46 <= i_B_46;
		reg_A_47 <= i_A_47;
		reg_B_47 <= i_B_47;
		valid_A_B <= i_valid;
	end
end

assign o_C_0 = reg_C_0;
assign o_C_1 = reg_C_1;
assign o_C_2 = reg_C_2;
assign o_C_3 = reg_C_3;
assign o_C_4 = reg_C_4;
assign o_C_5 = reg_C_5;
assign o_C_6 = reg_C_6;
assign o_C_7 = reg_C_7;
assign o_C_8 = reg_C_8;
assign o_C_9 = reg_C_9;
assign o_C_10 = reg_C_10;
assign o_C_11 = reg_C_11;
assign o_C_12 = reg_C_12;
assign o_C_13 = reg_C_13;
assign o_C_14 = reg_C_14;
assign o_C_15 = reg_C_15;
assign o_C_16 = reg_C_16;
assign o_C_17 = reg_C_17;
assign o_C_18 = reg_C_18;
assign o_C_19 = reg_C_19;
assign o_C_20 = reg_C_20;
assign o_C_21 = reg_C_21;
assign o_C_22 = reg_C_22;
assign o_C_23 = reg_C_23;
assign o_C_24 = reg_C_24;
assign o_C_25 = reg_C_25;
assign o_C_26 = reg_C_26;
assign o_C_27 = reg_C_27;
assign o_C_28 = reg_C_28;
assign o_C_29 = reg_C_29;
assign o_C_30 = reg_C_30;
assign o_C_31 = reg_C_31;
assign o_C_32 = reg_C_32;
assign o_C_33 = reg_C_33;
assign o_C_34 = reg_C_34;
assign o_C_35 = reg_C_35;
assign o_C_36 = reg_C_36;
assign o_C_37 = reg_C_37;
assign o_C_38 = reg_C_38;
assign o_C_39 = reg_C_39;
assign o_C_40 = reg_C_40;
assign o_C_41 = reg_C_41;
assign o_C_42 = reg_C_42;
assign o_C_43 = reg_C_43;
assign o_C_44 = reg_C_44;
assign o_C_45 = reg_C_45;
assign o_C_46 = reg_C_46;
assign o_C_47 = reg_C_47;
assign valid_C = round_valid_0;
assign o_ready = i_ready;
assign o_valid = valid_C & i_ready;

endmodule

module dsp_signed_mult_18x18_unit_18_18_1 (
	input clk,
	input reset,
	input ena,
	input i_valid,
	input [17:0] ax,
	input [17:0] ay,
	input [17:0] bx,
	input [17:0] by,
	output o_valid,
	output [36:0] resulta,
	output [36:0] resultb 
);

reg [17:0] reg_ax, reg_ay, reg_bx, reg_by;
reg [36:0] reg_resa, reg_resb;
always @(posedge clk) begin
	if (reset) begin
		reg_ax <= 0;
		reg_ay <= 0;
		reg_bx <= 0;
		reg_by <= 0;
		reg_resa <= 0;
		reg_resb <= 0;
	end else if (ena) begin
		reg_ax <= ax;
		reg_ay <= ay;
		reg_bx <= bx;
		reg_by <= by;
		reg_resa <= reg_ax * reg_ay;
		reg_resb <= reg_bx * reg_by;
	end
end

assign resulta = reg_resa;
assign resultb = reg_resb;
reg input_valid, result_valid, output_valid;
always @ (posedge clk) begin
	if (reset) begin
		output_valid <= 1'b0;
		input_valid <= 1'b0;
		result_valid <= 1'b0;
	end else if (ena) begin
		input_valid <= i_valid;
		result_valid <= input_valid;
		output_valid <= result_valid;
	end
end
assign o_valid = output_valid;

endmodule

module fp_rounding_unit_1_37_10 (
	input clk,
	input reset,
	input enable,
	input i_valid,
	input [36:0] in,
	output [36:0] out,
	output o_valid
);

reg [36:0] rounded_result;
reg [36:0] floor;
reg [36:0] ceil;
reg is_ceil;
reg floor_ceil_valid;

always @ (*) begin
	if (is_ceil) begin
		rounded_result = ceil;
	end else begin
		rounded_result = floor;
	end
end

reg valid_reg;
reg [36:0] out_reg;
always @ (posedge clk) begin
	if (reset) begin
		is_ceil <= 1'b0;
		floor_ceil_valid <= 1'b0;
		valid_reg <= 1'b0;
		floor <= 0;
		ceil <= 0;
		out_reg <= 0;
	end else if (enable) begin
		is_ceil <= in[9];
		floor <= in >>> 10;
		ceil <= (in >>> 10) + 1;
		floor_ceil_valid <= i_valid;
		out_reg <= rounded_result;
		valid_reg <= floor_ceil_valid;
	end
end

assign o_valid = valid_reg;

assign out = out_reg;

endmodule